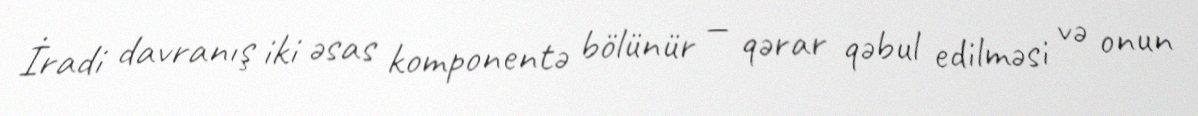
İradi davranış iki əsas komponentə bölünür — qərar qəbul edilməsi və onun